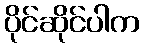
ပိုင်ဆိုင်ပါက